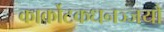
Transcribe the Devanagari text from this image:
कार्कोटकधनञ्जयौ